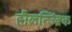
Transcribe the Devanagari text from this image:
हौलत्ज्ब्रिंक